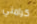
كرامتي